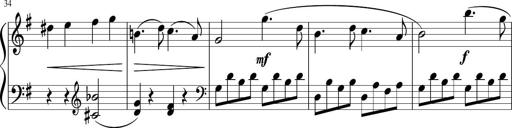
Title: 6 Progressive Sonatinas
Composer: Johann Anton AndrÃ©